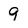
Character: 9